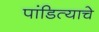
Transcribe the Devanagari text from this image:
पांडित्याचे